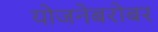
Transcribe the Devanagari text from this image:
योजनेबरोबर